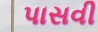
પાસવી